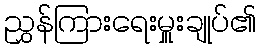
ညွှန်ကြားရေးမှူးချုပ်၏